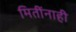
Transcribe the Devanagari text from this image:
मितींनाही